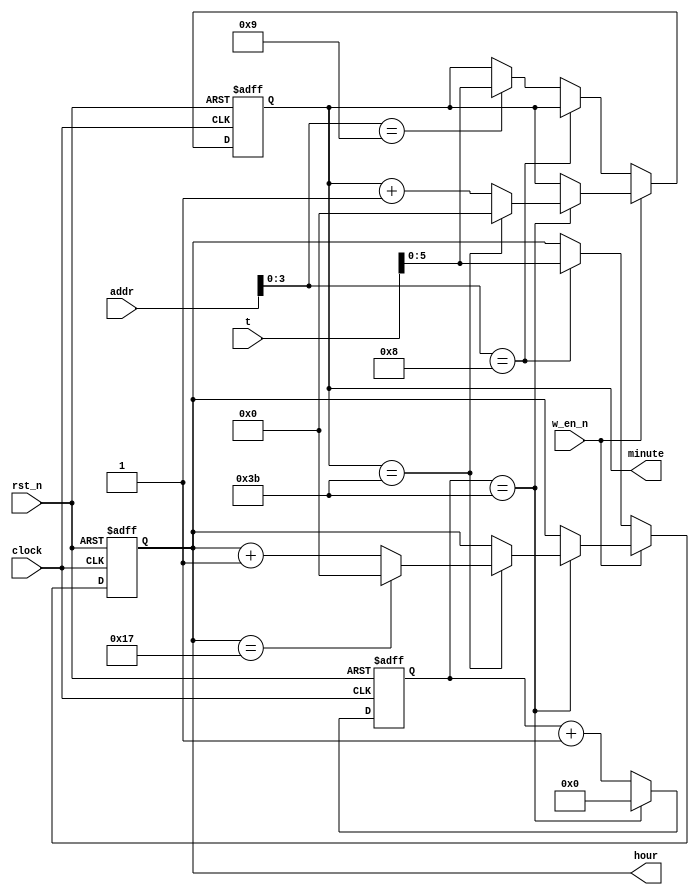
module timer(
    input   clock,
    input   rst_n,

    // time configuration port
    input   w_en_n,         // cpu write enable
    input   [7 : 0] t,
    input   [15: 0] addr,

    // time output
    output  reg [5 : 0] hour,
    output  reg [5 : 0] minute
    );

    // localparam CLK_FREQ = 10000000; // 10MHz clock
    localparam CLK_FREQ = 1; // 1Hz clock for simulation

    reg [31: 0] counter;

    // local counter
    // cycle is 1 minute
    always @ (posedge clock or negedge rst_n) begin
        if (~rst_n) begin
            counter <= 32'd0;
        end
        else if (counter == CLK_FREQ * 60 - 1) begin
            counter <= 32'd0;
        end
        else begin
            counter <= counter + 32'd1;
        end
    end

    // hour and minute counter
    always @ (posedge clock or negedge rst_n) begin
        if (~rst_n) begin
            hour    <= 6'd0;
            minute  <= 6'd0;
        end
        else if (~w_en_n) begin  // cpu configuration
            if (addr[3 : 0] == 4'b1000) begin
                hour    <= t;
                minute  <= minute;
            end
            else if (addr[3 : 0] == 4'b1001) begin
                hour    <= hour;
                minute  <= t;
            end
            else begin
                hour    <= hour;
                minute  <= minute;
            end
        end
        else if (counter == CLK_FREQ * 60 - 1) begin    // minute trigger
            if (minute == 6'd59) begin
                if (hour == 6'd23) begin
                    hour <= 6'd0;
                end
                else begin
                    hour    <= hour + 6'd1;
                end
                minute  <= 6'd0;
            end
            else begin
                hour    <= hour;
                minute  <= minute + 8'd1;
            end
        end
    end

endmodule